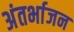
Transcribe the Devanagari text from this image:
अंतर्भाजन